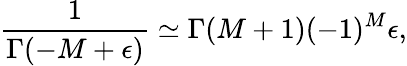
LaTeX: \frac 1{\Gamma(-M+\epsilon)}\simeq\Gamma(M+1)(-1)^{M}\epsilon,